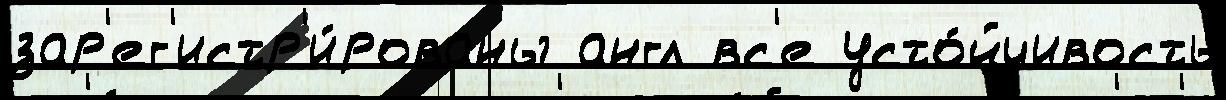
зар'ег'истр'и́рованы англ вс'е усто́йчивость